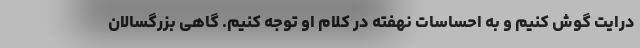
درایت گوش کنیم و به احساسات نهفته در کلام او توجه کنیم. گاهی بزرگسالان